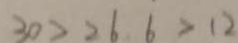
3 0 > 2 6 6 > 1 2